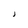
Character: J